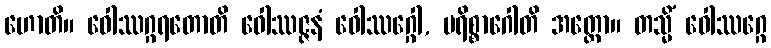
ဟောတိ။ ဝေါဿဂ္ဂရတောတိ ဝေါဿဇ္ဇနံ ဝေါဿဂ္ဂေါ, ပရိစ္စာဂေါတိ အတ္ထော။ တသ္မိံ ဝေါဿဂ္ဂေ